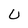
Character: U